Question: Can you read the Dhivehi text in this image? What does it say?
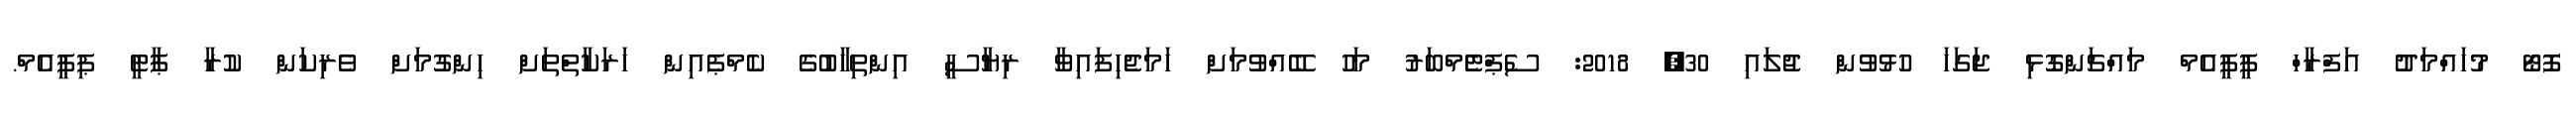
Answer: ފޮޓޯ މުހައްމަދުު އަފްރާހް ޕީޕީއެމް މައްޗަންގޮޅި ޖަގަހަ ހުޅުވުން ޖުލައި 30, 2018: ސެޕްޓެެމްބަރު މަހު ބޭއްވުމަށް ހަމަޖެހިފައިވާ ރިޔާސީ އިންތިހާބުގެ ކެމްޕެއިން ހަރަކާތްތަށް ހިންގުމަށް ވެރިކަން ކުރާ ޕާޓީ ޕިޕީއެމް.